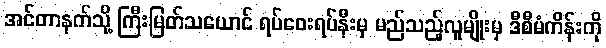
အင်တာနက်သို့ ကြီးမြတ်သယောင် ရပ်ဝေးရပ်နီးမှ မည်သည့်လူမျိုးမှ ဒီစီမံကိန်းကို